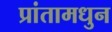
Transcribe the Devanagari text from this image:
प्रांतामधुन